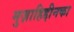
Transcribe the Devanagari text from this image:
मुज़ाहिद्दीनका